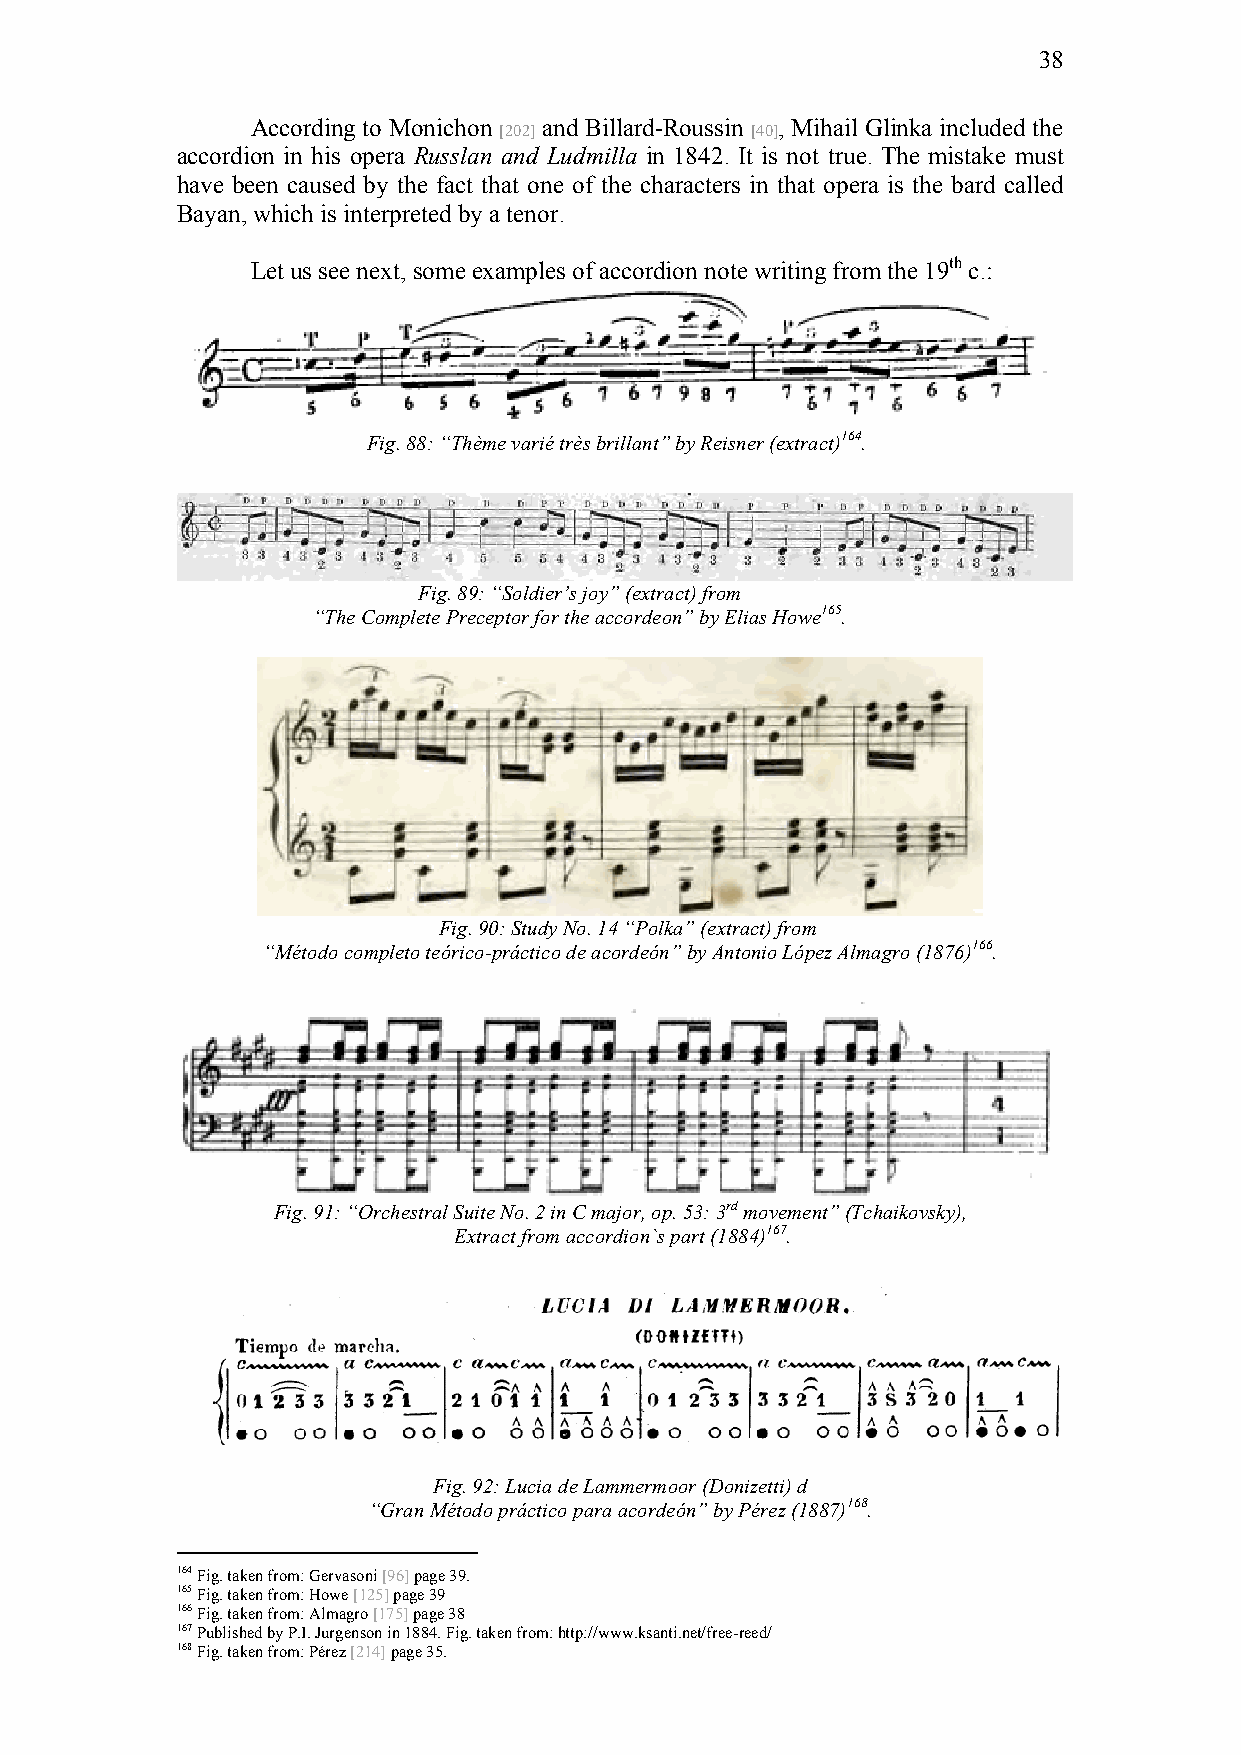
38
 According to Monichon and Billard-Roussin , Mihail Glinka included the
 [202]            [40]
 accordion in his opera Russlan and Ludmilla in 1842. It is not true. The mistake must
 have been caused by the fact that one of the characters in that opera is the bard called
 Bayan, which is interpreted by a tenor.
 Let us see next, some examples of accordion note writing from the 19th c.:
 Fig. 88: “Thème varié très brillant” by Reisner (extract)164.
 Fig. 89: “Soldier’s joy” (extract) from
 “The Complete Preceptor for the accordeon” by Elias Howe165.
 Fig. 90: Study No. 14 “Polka” (extract) from
 “Método completo teórico-práctico de acordeón” by Antonio López Almagro (1876)166.
 Fig. 91: “Orchestral Suite No. 2 in C major, op. 53: 3rd movement” (Tchaikovsky),
 Extract from accordion`s part (1884)167.
 Fig. 92: Lucia de Lammermoor (Donizetti) d
 “Gran Método práctico para acordeón” by Pérez (1887)168.
 164 Fig. taken from: Gervasoni [96] page 39.
 165 Fig. taken from: Howe [125] page 39
 166 Fig. taken from: Almagro [175] page 38
 167 Published by P.I. Jurgenson in 1884. Fig. taken from: http://www.ksanti.net/free-reed/
 168 Fig. taken from: Pérez [214] page 35.